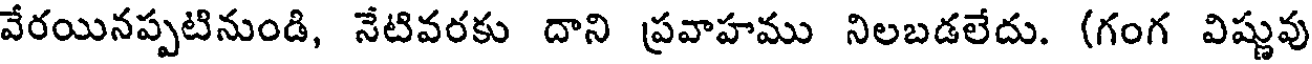
వేరయినప్పటినుండి, నేటివరకు దాని ప్రవాహము నిలబడలేదు. (గంగ విష్ణువు